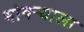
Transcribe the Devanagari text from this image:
भोवर्‍याला